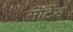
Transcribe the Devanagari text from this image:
सॉर्टेड